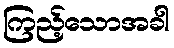
ကြည့်သောအခါ